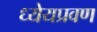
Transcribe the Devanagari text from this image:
ध्येयप्रवण